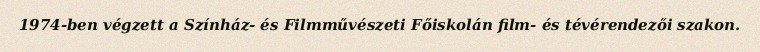
1974-ben végzett a Színház- és Filmművészeti Főiskolán film- és tévérendezői szakon.